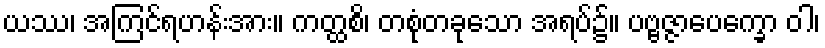
ယဿ၊ အကြင်ရဟန်းအား။ ကတ္ထစိ၊ တစုံတခုသော အရပ်၌။ ပဗ္ဗဇ္ဇာပေက္ခော ဝါ၊